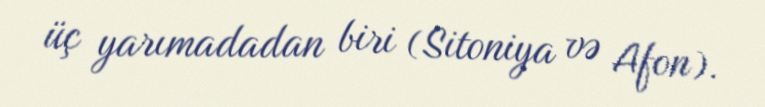
üç yarımadadan biri (Sitoniya və Afon).